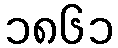
၁၈၆၁